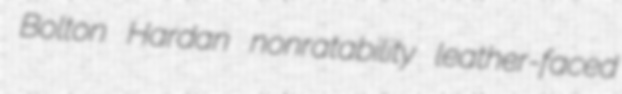
Bolton Hardan nonratability leather-faced